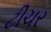
ટીચર